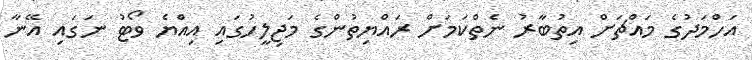
އަހްމަދުގެ މައްޗަށް އިތުބާރު ނެތްކަމަށް ރައްޔިތުންގެ މަޖިލީހުގައި އިއްޔެ ވޯޓު ނަގައި އޭނާ